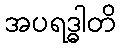
အပရဒ္ဓါတိ